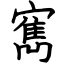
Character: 寯